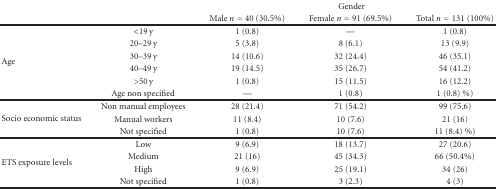
<table><thead><tr><td></td><td></td><td colspan="3"><b>Gender</b></td></tr><tr><td></td><td></td><td><b>Male <i>n</i> = 40 (30.5%)</b></td><td><b>Female <i>n</i> = 91 (69.5%)</b></td><td><b>Total <i>n</i> = 131 (100%)</b></td></tr></thead><tbody><tr><td rowspan="6">Age</td><td>&lt;19 y</td><td>1 (0.8)</td><td>—</td><td>1 (0.8)</td></tr><tr><td>20–29 y</td><td>5 (3.8)</td><td>8 (6.1)</td><td>13 (9.9)</td></tr><tr><td>30–39 y</td><td>14 (10.6)</td><td>32 (24.4)</td><td>46 (35.1)</td></tr><tr><td>40–49 y</td><td>19 (14.5)</td><td>35 (26.7)</td><td>54 (41.2)</td></tr><tr><td>&gt;50 y</td><td>1 (0.8)</td><td>15 (11.5)</td><td>16 (12.2)</td></tr><tr><td>Age non specified</td><td>—</td><td>1 (0.8)</td><td>1 (0.8) %)</td></tr><tr><td rowspan="3">Socio economic status</td><td>Non manual employees</td><td>28 (21.4)</td><td>71 (54.2)</td><td>99 (75.6)</td></tr><tr><td>Manual workers</td><td>11 (8.4)</td><td>10 (7.6)</td><td>21 (16)</td></tr><tr><td>Not specified</td><td>1 (0.8)</td><td>10 (7.6)</td><td>11 (8.4) %)</td></tr><tr><td rowspan="4">ETS exposure levels</td><td>Low</td><td>9 (6.9)</td><td>18 (13.7)</td><td>27 (20.6)</td></tr><tr><td>Medium</td><td>21 (16)</td><td>45 (34.3)</td><td>66 (50.4%)</td></tr><tr><td>High</td><td>9 (6.9)</td><td>25 (19.1)</td><td>34 (26)</td></tr><tr><td>Not specified</td><td>1 (0.8)</td><td>3 (2.3)</td><td>4 (3)</td></tr></tbody></table>